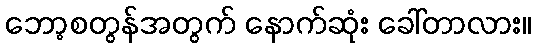
ဘော့စတွန်အတွက် နောက်ဆုံး ခေါ်တာလား။